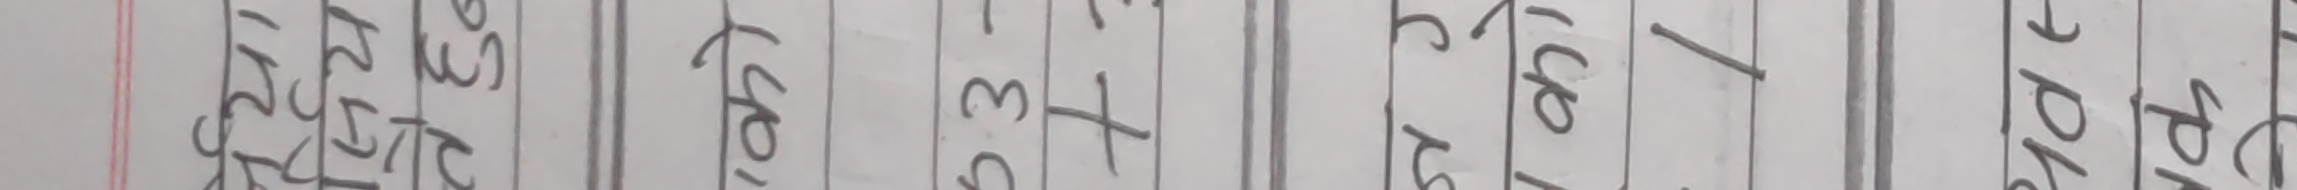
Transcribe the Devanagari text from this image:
१८०२,२०,०६०
३३,३४
२०१३०६२०३